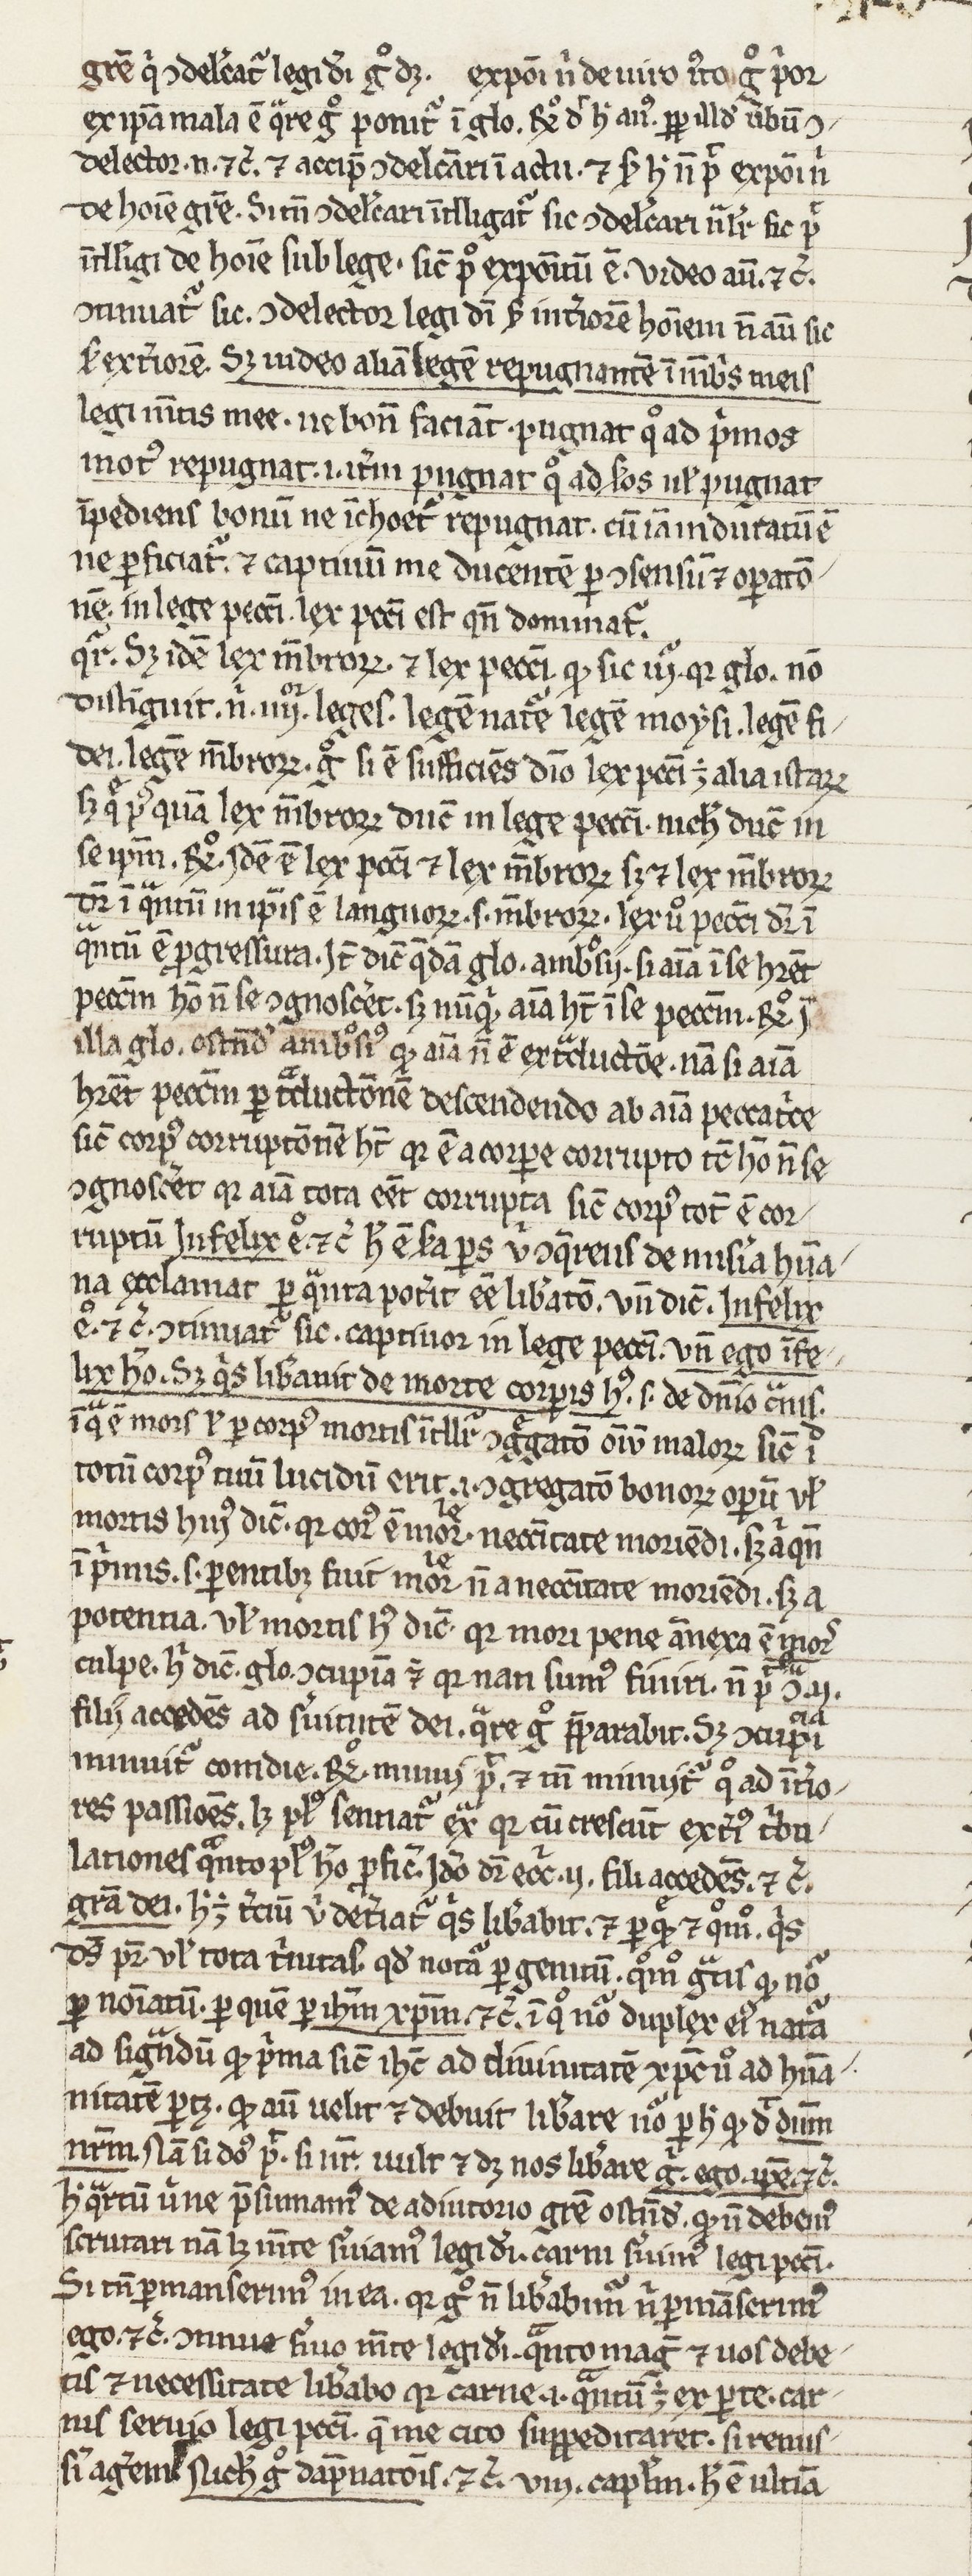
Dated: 1400–1430